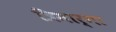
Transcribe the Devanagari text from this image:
त्रिमार्गा